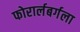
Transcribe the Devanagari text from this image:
फोरार्लबर्गला